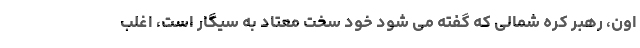
اون، رهبر کره شمالی که گفته می شود خود سخت معتاد به سیگار است، اغلب